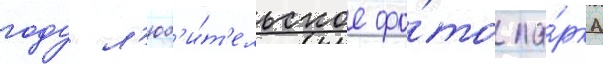
году л'юб'и́т'ельское фо́то па́рка